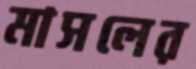
মাসলের